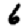
Digit: 6